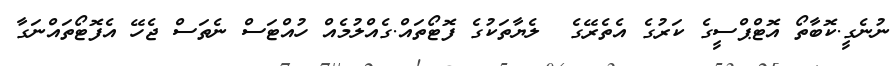
ނުނެގީ.ކޮބާތޯ އޮޓްޕްސީގެ ކަރުގެ އެތެރޭގެ  ލެޔާތަކުގެ ފޮޓޯތައް.ގެއްލުމެއް ހުއްޓަސް ނެތަސް ޖެހޭ އެފޮޓޯތައްނަގާ